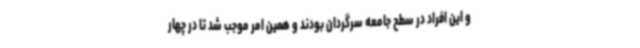
و این افراد در سطح جامعه سرگردان بودند و همین امر موجب شد تا در چهار